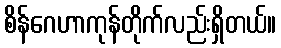
စိန်ဂေဟာကုန်တိုက်လည်းရှိတယ်။